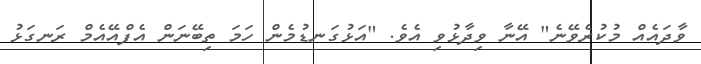
ވާދައެއް މުކުރެވޭނެ" އޭނާ ވިދާޅުވި އެވެ. "އަޅުގަނޑުމެން ހަމަ ތިބޭނަން އެފްއޭއެމް ރަނގަޅު